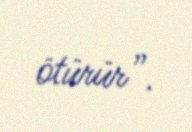
ötürür”.